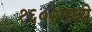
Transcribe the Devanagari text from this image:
१६०२मध्ये